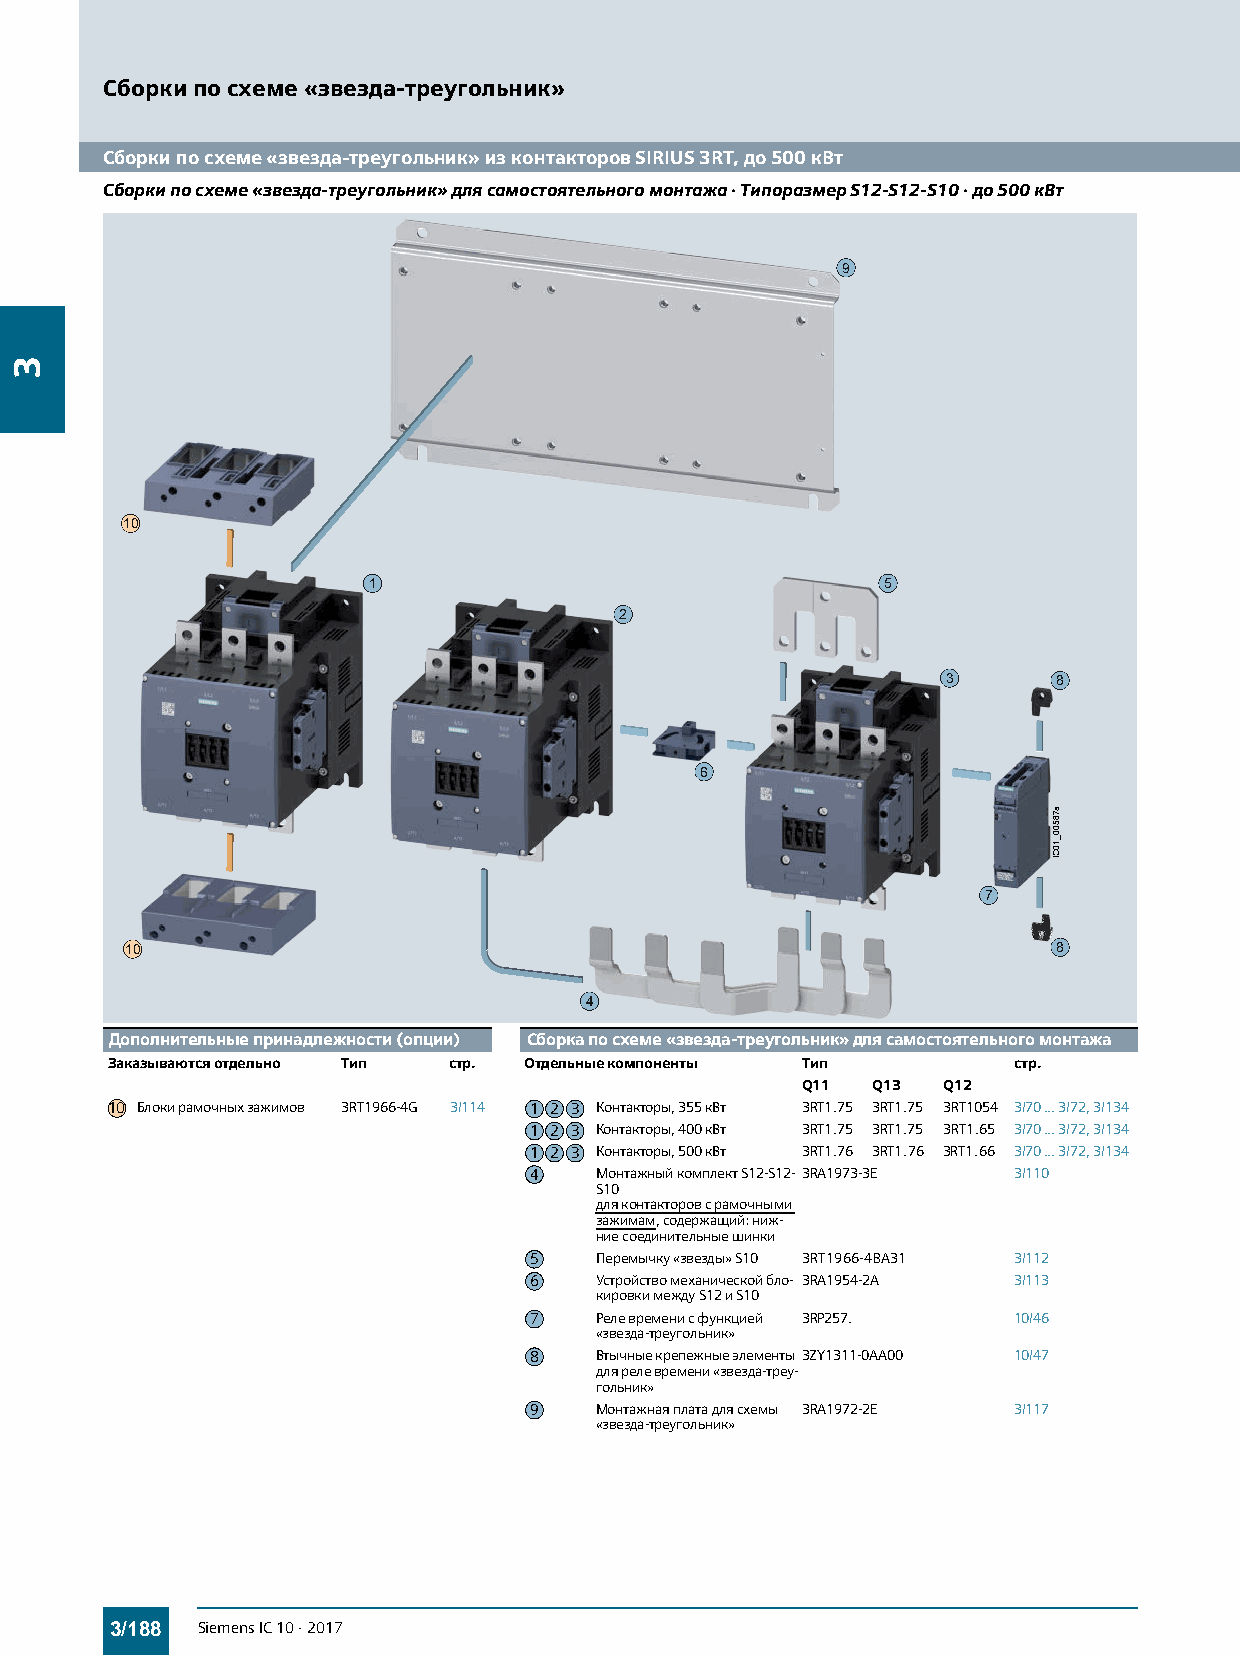
Сборки по схеме «звезда-треугольник»
 Сборки по схеме «звезда-треугольник» из контакторов SIRIUS 3RT, до 500 кВт
 Сборки по схеме «звезда-треугольник» для самостоятельного монтажа · Типоразмер S12-S12-S10 · до 500кВт
 9
 10
 1                                  5
 2
 3      8
 6
 7
 10                                                            8
 4
 Дополнительные принадлежности (опции) Сборка по схеме «звезда-треугольник» для самостоятельного монтажа
 Заказываются отдельно Тип стр. Отдельные компоненты Тип     стр.
 Q11  Q13 Q12
 10 Блоки рамочных зажимов 3RT1966-4G 3/114 1 2 3 Контакторы, 355кВт 3RT1.75 3RT1.75 3RT1054 3/70...3/72, 3/134
 1 2 3 Контакторы, 400кВт 3RT1.75 3RT1.75 3RT1.65 3/70...3/72, 3/134
 1 2 3 Контакторы, 500кВт 3RT1.76 3RT1.76 3RT1.66 3/70...3/72, 3/134
 4   Монтажный комплект S12-S12- 3RA1973-3E 3/110
 S10
 для контакторов с рамочными
 зажимам, содержащий: ниж-
 ние соединительные шинки
 5   Перемычку «звезды» S10 3RT1966-4BA31 3/112
 6   Устройство механической бло- 3RA1954-2A 3/113
 кировки между S12 и S10
 7   Реле времени с функцией 3RP257. 10/46
 «звезда-треугольник»
 8   Втычные крепежные элементы 3ZY1311-0AA00 10/47
 для реле времени «звезда-треу-
 гольник»
 9   Монтажная плата для схемы 3RA1972-2E 3/117
 «звезда-треугольник»
 3/188 Siemens IC 10 · 2017
 3
 a78500_10CI